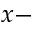
x -